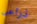
ذراعى